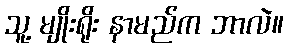
သူ့ မျိုးရိုး နာမည်က ဘာလဲ။